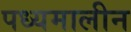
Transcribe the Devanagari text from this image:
पध्यमालीन